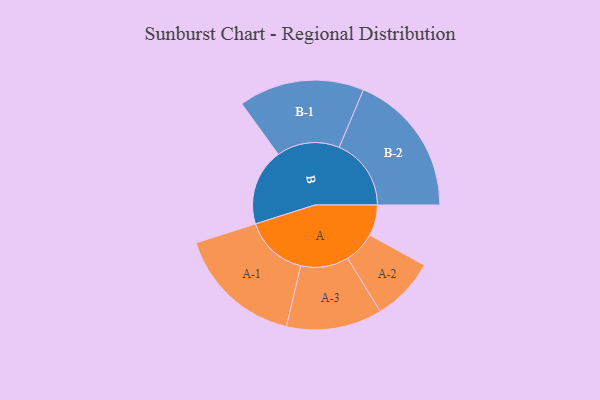
{"axis": {"x": "Segment", "y": "Value"}, "legend": ["", "A", "B"], "data": [{"x": "A", "y": 128, "type": ""}, {"x": "B", "y": 319, "type": ""}, {"x": "A-1", "y": 263, "type": "A"}, {"x": "A-2", "y": 132, "type": "A"}, {"x": "A-3", "y": 199, "type": "A"}, {"x": "B-1", "y": 261, "type": "B"}, {"x": "B-2", "y": 299, "type": "B"}]}